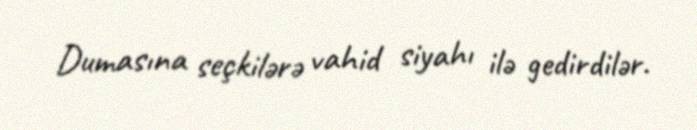
Dumasına seçkilərə vahid siyahı ilə gedirdilər.